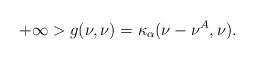
LaTeX: \begin{align*}+\infty>g(\nu,\nu)=\kappa_\alpha(\nu-\nu^A,\nu).\end{align*}